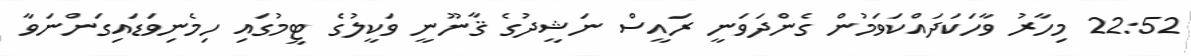
22:52 މިހާރު ވާހަކަދައްކަވަމުން ގެންދަވަނީ ރައީސް ނަޝީދުގެ ޤާނޫނީ ވަކީލުގެ ޓީމުގައި ހިމެނިވަޑައިގަންނަވާ